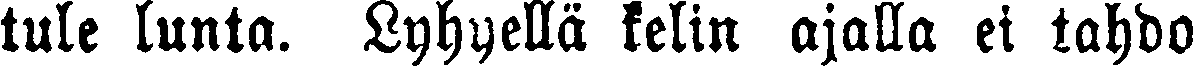
tule lunta. Lyhyellä kelin ajalla ei tahdo